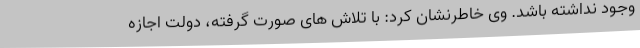
وجود نداشته باشد. وی خاطرنشان کرد: با تلاش های صورت گرفته، دولت اجازه